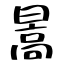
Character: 暠